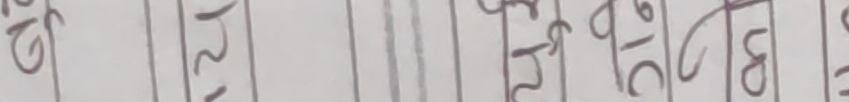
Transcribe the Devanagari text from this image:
७२ १२ ५६ १८ ७०